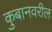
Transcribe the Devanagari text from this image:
कुबानवरील